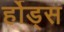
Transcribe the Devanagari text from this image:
र्होड्स